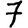
Digit: 7